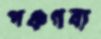
পঞ্চগব্য